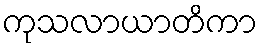
ကုသလာယာတိကာ